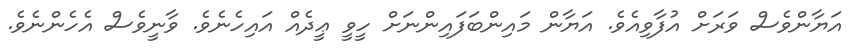
އަޔާންވެސް ވަރަށް އުފާވިއެވެ. އަޔާން މައިންބަފައިންނަށް ހީވީ ޢީދެއް އައިހެނެވެ. ވާނީވެސް އެހެންނެވެ.